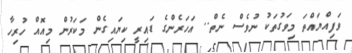
ވަފިއްޔައްތަ މިވަގުތަކު ނުވެސް ނެތް.. އަހަރެންގެ ޑައިރީ ކިޔައިގެން މަކަރުން މިއޮއް ހުރިހާ